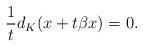
LaTeX: \begin{align*}\frac{1}{t} d_K(x + t \beta x) = 0.\end{align*}